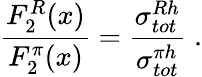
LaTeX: \frac{F_{2}^{R}(x)}{F_{2}^{\pi}(x)}=\frac{\sigma_{tot}^{Rh}}{\sigma_{tot}^{\pi h}}\; .